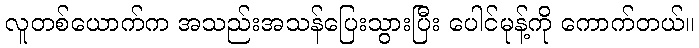
လူတစ်ယောက်က အသည်းအသန်ပြေးသွားပြီး ပေါင်မုန့်ကို ကောက်တယ်။